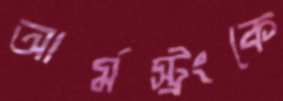
আর্মস্ট্রংকে